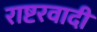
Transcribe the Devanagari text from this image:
राष्टरवादी